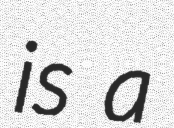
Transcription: is a